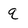
Character: q